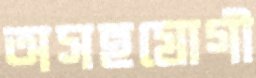
অসহযোগী